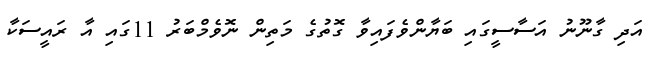
އަދި ގާނޫނު އަސާސީގައި ބަޔާންވެފައިވާ ގޮތުގެ މަތިން ނޮވެމްބަރު 11ގައި އާ ރައީސަކާ